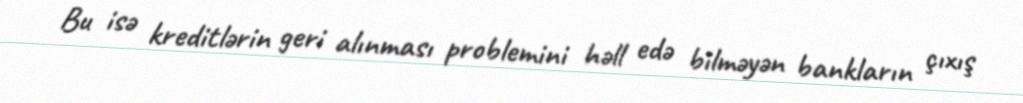
Bu isə kreditlərin geri alınması problemini həll edə bilməyən bankların çıxış